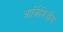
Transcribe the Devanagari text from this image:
आर्किमिडीस